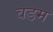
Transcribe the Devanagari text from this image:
वडम